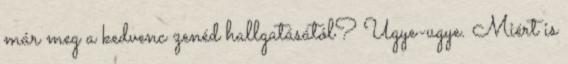
már meg a kedvenc zenéd hallgatásától? Ugye-ugye. Miért is